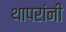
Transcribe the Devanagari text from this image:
थापरांनी